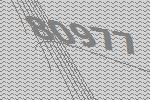
80977